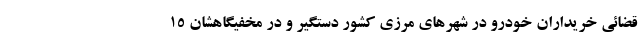
قضائی خریداران خودرو در شهرهای مرزی کشور دستگیر و در مخفیگاهشان ۱۵